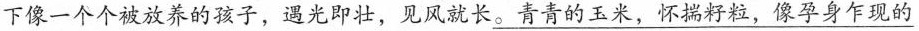
下像一个个被放养的孩子，遇光即壮，见风就长\underline{。青青的玉米，怀揣籽粒，像孕身乍现的}